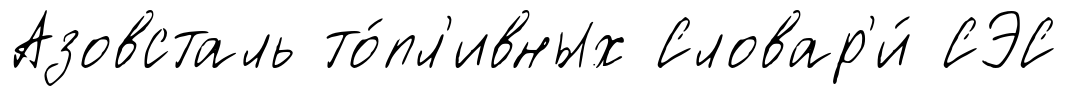
Азовсталь то́пл'ивных Словар'и́ СЭС